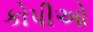
કોપીઓ